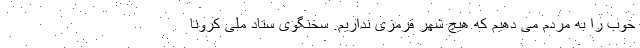
خوب را به مردم می دهیم که هیچ شهر قرمزی نداریم. سخنگوی ستاد ملی کرونا